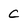
Character: c